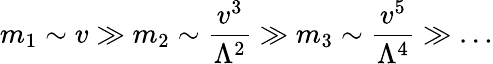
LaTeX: m_{1}\sim v\gg m_{2}\sim\frac{v^{3}}{\Lambda^{2}}\gg m_{3}\sim\frac{v^{5}}{\Lambda^{4}}\gg\ldots